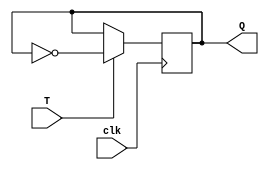
module t_flip_flop (
    input wire clk,
    input wire T,
    output reg Q
);

reg next_Q;

always @(posedge clk) begin
    if (T) begin
        next_Q <= ~Q;
    end else begin
        next_Q <= Q;
    end
end

assign Q = next_Q;

endmodule